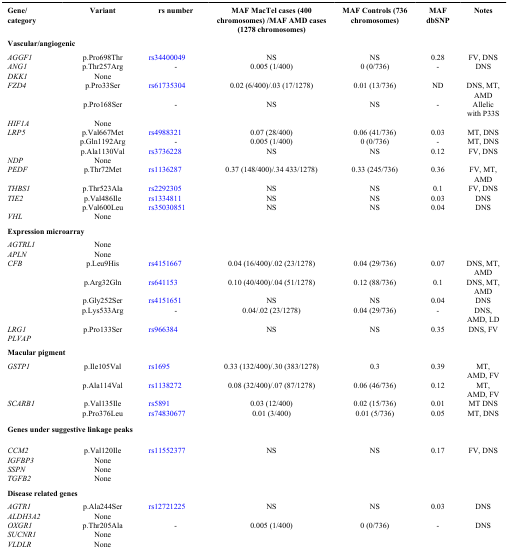
<table><thead><tr><td><b>Gene/ category</b></td><td><b>Variant</b></td><td><b>rs number</b></td><td><b>MAF MacTel cases (400 chromosomes) /MAF AMD cases (1278 chromosomes)</b></td><td><b>MAF Controls (736 chromosomes)</b></td><td><b>MAF dbSNP</b></td><td><b>Notes</b></td></tr></thead><tbody><tr><td colspan="7"><b>Vascular / angiogenic</b></td></tr><tr><td><i>AGGF1</i></td><td>p.Pro698Thr</td><td>rs34400049</td><td>NS</td><td>NS</td><td>0.28</td><td>FV, DNS</td></tr><tr><td><i>ANG1</i></td><td>p.Thr257Arg</td><td>-</td><td>0.005 (1/400)</td><td>0 (0/736)</td><td>-</td><td>DNS</td></tr><tr><td><i>DKK1</i></td><td>None</td><td>[EMPTY_CELL]</td><td>[EMPTY_CELL]</td><td>[EMPTY_CELL]</td><td>[EMPTY_CELL]</td><td>[EMPTY_CELL]</td></tr><tr><td><i>FZD4</i></td><td>p.Pro33Ser</td><td>rs61735304</td><td>0.02 (6/400)/.03 (17/1278)</td><td>0.01 (13/736)</td><td>ND</td><td>DNS, MT, AMD</td></tr><tr><td>[EMPTY_CELL]</td><td>p.Pro168Ser</td><td>-</td><td>NS</td><td>NS</td><td>-</td><td>Allelic with P33S</td></tr><tr><td><i>HIF1A</i></td><td>None</td><td>[EMPTY_CELL]</td><td>[EMPTY_CELL]</td><td>[EMPTY_CELL]</td><td>[EMPTY_CELL]</td><td>[EMPTY_CELL]</td></tr><tr><td><i>LRP5</i></td><td>p.Val667Met</td><td>rs4988321</td><td>0.07 (28/400)</td><td>0.06 (41/736)</td><td>0.03</td><td>MT, DNS</td></tr><tr><td>[EMPTY_CELL]</td><td>p.Gln1192Arg</td><td>-</td><td>0.005 (1/400)</td><td>0 (0/736)</td><td>-</td><td>MT, DNS</td></tr><tr><td>[EMPTY_CELL]</td><td>p.Ala1130Val</td><td>rs3736228</td><td>NS</td><td>NS</td><td>0.12</td><td>FV, DNS</td></tr><tr><td><i>NDP</i></td><td>None</td><td>[EMPTY_CELL]</td><td>[EMPTY_CELL]</td><td>[EMPTY_CELL]</td><td>[EMPTY_CELL]</td><td>[EMPTY_CELL]</td></tr><tr><td><i>PEDF</i></td><td>p.Thr72Met</td><td>rs1136287</td><td>0.37 (148/400)/.34 433/1278)</td><td>0.33 (245/736)</td><td>0.36</td><td>FV, MT, AMD</td></tr><tr><td><i>THBS1</i></td><td>p.Thr523Ala</td><td>rs2292305</td><td>NS</td><td>NS</td><td>0.1</td><td>FV, DNS</td></tr><tr><td><i>TIE2</i></td><td>p.Val486Ile</td><td>rs1334811</td><td>NS</td><td>NS</td><td>0.03</td><td>DNS</td></tr><tr><td>[EMPTY_CELL]</td><td>p.Val600Leu</td><td>rs35030851</td><td>NS</td><td>NS</td><td>0.04</td><td>DNS</td></tr><tr><td><i>VHL</i></td><td>None</td><td>[EMPTY_CELL]</td><td>[EMPTY_CELL]</td><td>[EMPTY_CELL]</td><td>[EMPTY_CELL]</td><td>[EMPTY_CELL]</td></tr><tr><td colspan="7"><b>Expression microarray</b></td></tr><tr><td><i>AGTRL1</i></td><td>None</td><td>[EMPTY_CELL]</td><td>[EMPTY_CELL]</td><td>[EMPTY_CELL]</td><td>[EMPTY_CELL]</td><td>[EMPTY_CELL]</td></tr><tr><td><i>APLN</i></td><td>None</td><td>[EMPTY_CELL]</td><td>[EMPTY_CELL]</td><td>[EMPTY_CELL]</td><td>[EMPTY_CELL]</td><td>[EMPTY_CELL]</td></tr><tr><td><i>CFB</i></td><td>p.Leu9His</td><td>rs4151667</td><td>0.04 (16/400)/.02 (23/1278)</td><td>0.04 (29/736)</td><td>0.07</td><td>DNS, MT, AMD</td></tr><tr><td>[EMPTY_CELL]</td><td>p.Arg32Gln</td><td>rs641153</td><td>0.10 (40/400)/.04 (51/1278)</td><td>0.12 (88/736)</td><td>0.1</td><td>DNS, MT, AMD</td></tr><tr><td>[EMPTY_CELL]</td><td>p.Gly252Ser</td><td>rs4151651</td><td>NS</td><td>NS</td><td>0.04</td><td>DNS</td></tr><tr><td>[EMPTY_CELL]</td><td>p.Lys533Arg</td><td>-</td><td>0.04/.02 (23/1278)</td><td>0.04 (29/736)</td><td>-</td><td>DNS, AMD, LD</td></tr><tr><td><i>LRG1</i></td><td>p.Pro133Ser</td><td>rs966384</td><td>NS</td><td>NS</td><td>0.35</td><td>DNS, FV</td></tr><tr><td><i>PLVAP</i></td><td>[EMPTY_CELL]</td><td>[EMPTY_CELL]</td><td>[EMPTY_CELL]</td><td>[EMPTY_CELL]</td><td>[EMPTY_CELL]</td><td>[EMPTY_CELL]</td></tr><tr><td colspan="7"><b>Macular pigment</b></td></tr><tr><td><i>GSTP1</i></td><td>p.Ile105Val</td><td>rs1695</td><td>0.33 (132/400)/.30 (383/1278)</td><td>0.3</td><td>0.39</td><td>MT, AMD, FV</td></tr><tr><td>[EMPTY_CELL]</td><td>p.Ala114Val</td><td>rs1138272</td><td>0.08 (32/400)/.07 (87/1278)</td><td>0.06 (46/736)</td><td>0.12</td><td>MT, AMD, FV</td></tr><tr><td><i>SCARB1</i></td><td>p.Val135Ile</td><td>rs5891</td><td>0.03 (12/400)</td><td>0.02 (15/736)</td><td>0.01</td><td>MT DNS</td></tr><tr><td>[EMPTY_CELL]</td><td>p.Pro376Leu</td><td>rs74830677</td><td>0.01 (3/400)</td><td>0.01 (5/736)</td><td>0.05</td><td>MT, DNS</td></tr><tr><td colspan="7"><b>Genes under suggestive linkage peaks</b></td></tr><tr><td><i>CCM2</i></td><td>p.Val120Ile</td><td>rs11552377</td><td>NS</td><td>NS</td><td>0.17</td><td>FV, DNS</td></tr><tr><td><i>IGFBP3</i></td><td>None</td><td>[EMPTY_CELL]</td><td>[EMPTY_CELL]</td><td>[EMPTY_CELL]</td><td>[EMPTY_CELL]</td><td>[EMPTY_CELL]</td></tr><tr><td><i>SSPN</i></td><td>None</td><td>[EMPTY_CELL]</td><td>[EMPTY_CELL]</td><td>[EMPTY_CELL]</td><td>[EMPTY_CELL]</td><td>[EMPTY_CELL]</td></tr><tr><td><i>TGFB2</i></td><td>None</td><td>[EMPTY_CELL]</td><td>[EMPTY_CELL]</td><td>[EMPTY_CELL]</td><td>[EMPTY_CELL]</td><td>[EMPTY_CELL]</td></tr><tr><td colspan="7"><b>Disease related genes</b></td></tr><tr><td><i>AGTR1</i></td><td>p.Ala244Ser</td><td>rs12721225</td><td>NS</td><td>NS</td><td>0.03</td><td>DNS</td></tr><tr><td><i>ALDH3A2</i></td><td>None</td><td>[EMPTY_CELL]</td><td>[EMPTY_CELL]</td><td>[EMPTY_CELL]</td><td>[EMPTY_CELL]</td><td>[EMPTY_CELL]</td></tr><tr><td><i>OXGR1</i></td><td>p.Thr205Ala</td><td>-</td><td>0.005 (1/400)</td><td>0 (0/736)</td><td>-</td><td>DNS</td></tr><tr><td><i>SUCNR1</i></td><td>None</td><td>[EMPTY_CELL]</td><td>[EMPTY_CELL]</td><td>[EMPTY_CELL]</td><td>[EMPTY_CELL]</td><td>[EMPTY_CELL]</td></tr><tr><td><i>VLDLR</i></td><td>None</td><td>[EMPTY_CELL]</td><td>[EMPTY_CELL]</td><td>[EMPTY_CELL]</td><td>[EMPTY_CELL]</td><td>[EMPTY_CELL]</td></tr></tbody></table>